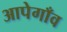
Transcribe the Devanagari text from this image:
आपेगाँव